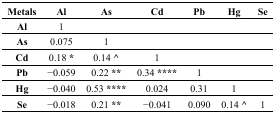
| Metals | Al | As | Cd | Pb | Hg | Se |
 | --- | --- | --- | --- | --- | --- | --- |
 | Al | 1 |  |  |  |  |  |
 | As | 0.075 | 1 |  |  |  |  |
 | Cd | 0.18 * | 0.14 ^ | 1 |  |  |  |
 | Pb | −0.059 | 0.22 ** | 0.34 **** | 1 |  |  |
 | Hg | −0.040 | 0.53 **** | 0.024 | 0.31 | 1 |  |
 | Se | −0.018 | 0.21 ** | −0.041 | 0.090 | 0.14 ^ | 1 |